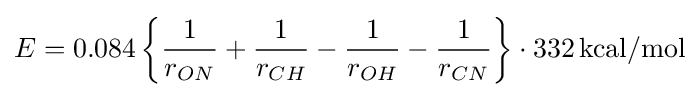
E=0.084\left\{{\frac {1}{r_{ON}}}+{\frac {1}{r_{CH}}}-{\frac {1}{r_{OH}}}-{\frac {1}{r_{CN}}}\right\}\cdot 332\,\mathrm {kcal/mol}